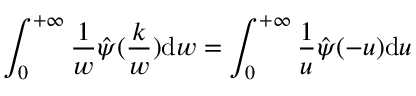
\int _ { 0 } ^ { + \infty } \frac { 1 } { w } \hat { \psi } ( \frac { k } { w } ) \mathrm { d } w = \int _ { 0 } ^ { + \infty } \frac { 1 } { u } \hat { \psi } ( - u ) \mathrm { d } u